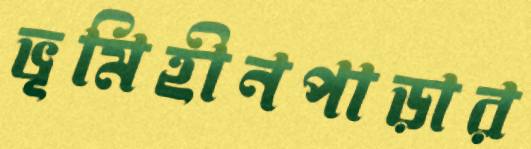
ভূমিহীনপাড়ার